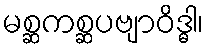
မစ္ဆကစ္ဆပဗျာဝိဒ္ဓါ၊